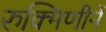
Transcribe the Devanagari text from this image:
रुक्मिणीनें